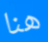
هنا